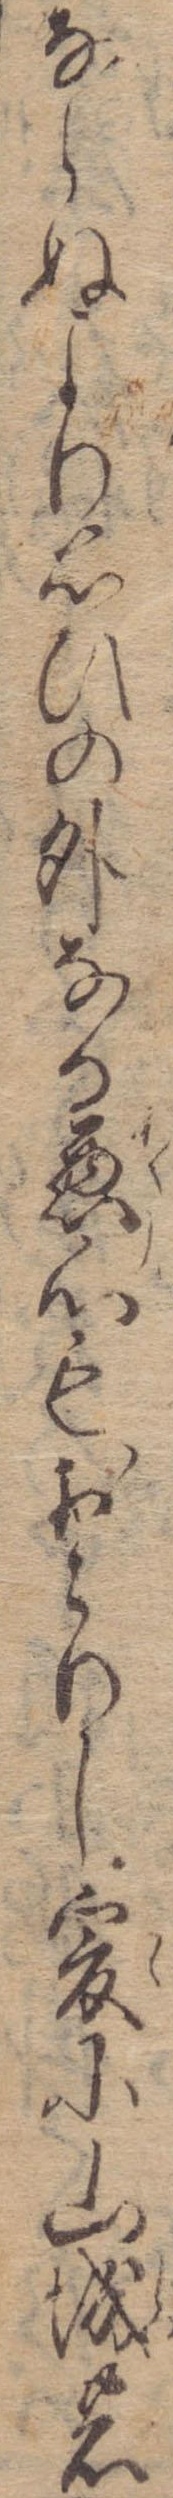
ならぬより思ひの外なる悪心もおこりし爰に山城の